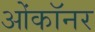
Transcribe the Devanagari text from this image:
ओंकॉनर